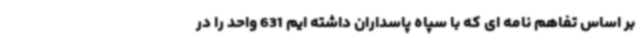
بر اساس تفاهم نامه ای که با سپاه پاسداران داشته ایم 631 واحد را در